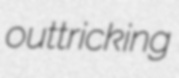
outtricking